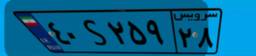
۴۰S۲۵۹۲۸